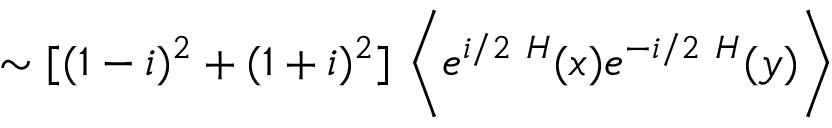
\sim [ ( 1 - i ) ^ { 2 } + ( 1 + i ) ^ { 2 } ] \ \biggl \langle e ^ { i / 2 \ H } ( x ) e ^ { - i / 2 \ H } ( y ) \biggl \rangle